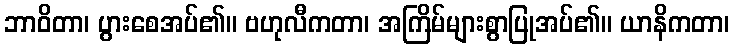
ဘာဝိတာ၊ ပွားစေအပ်၏။ ဗဟုလီကတာ၊ အကြိမ်များစွာပြုအပ်၏။ ယာနိကတာ၊